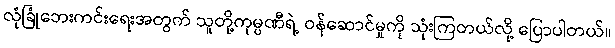
လုံခြုံဘေးကင်းရေးအတွက် သူတို့ကုမ္ပဏီရဲ့ ဝန်ဆောင်မှုကို သုံးကြတယ်လို့ ပြောပါတယ်။